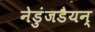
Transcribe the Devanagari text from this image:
नेडुंजडैयन्